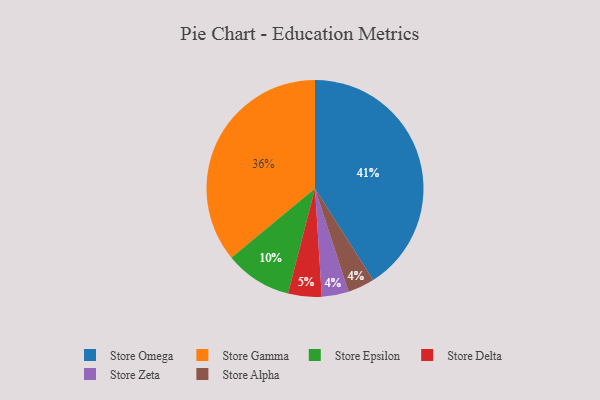
{"axis": {"x": "Category", "y": "Percentage"}, "legend": ["Store Alpha", "Store Delta", "Store Epsilon", "Store Gamma", "Store Omega", "Store Zeta"], "data": [{"x": "Store Omega", "y": 41, "type": "Store Omega"}, {"x": "Store Zeta", "y": 4, "type": "Store Zeta"}, {"x": "Store Epsilon", "y": 10, "type": "Store Epsilon"}, {"x": "Store Delta", "y": 5, "type": "Store Delta"}, {"x": "Store Gamma", "y": 36, "type": "Store Gamma"}, {"x": "Store Alpha", "y": 4, "type": "Store Alpha"}]}